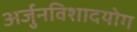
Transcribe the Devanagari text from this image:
अर्जुनविशादयोग